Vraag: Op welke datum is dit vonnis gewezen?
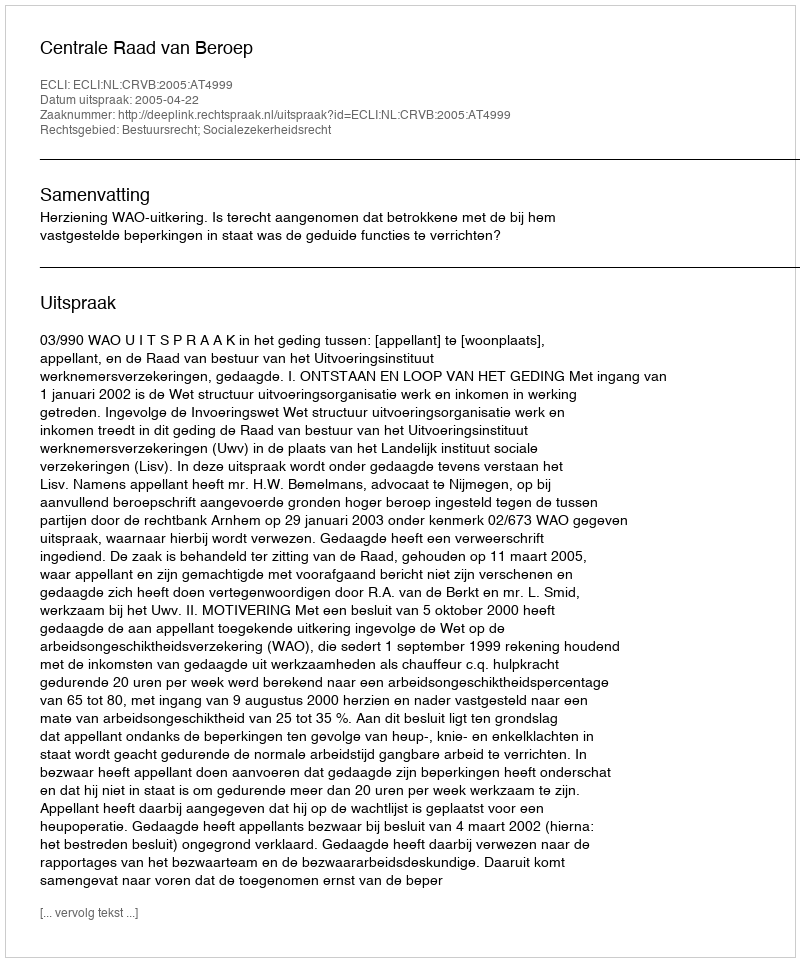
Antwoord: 2005-04-22